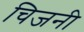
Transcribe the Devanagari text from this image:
चिजनी